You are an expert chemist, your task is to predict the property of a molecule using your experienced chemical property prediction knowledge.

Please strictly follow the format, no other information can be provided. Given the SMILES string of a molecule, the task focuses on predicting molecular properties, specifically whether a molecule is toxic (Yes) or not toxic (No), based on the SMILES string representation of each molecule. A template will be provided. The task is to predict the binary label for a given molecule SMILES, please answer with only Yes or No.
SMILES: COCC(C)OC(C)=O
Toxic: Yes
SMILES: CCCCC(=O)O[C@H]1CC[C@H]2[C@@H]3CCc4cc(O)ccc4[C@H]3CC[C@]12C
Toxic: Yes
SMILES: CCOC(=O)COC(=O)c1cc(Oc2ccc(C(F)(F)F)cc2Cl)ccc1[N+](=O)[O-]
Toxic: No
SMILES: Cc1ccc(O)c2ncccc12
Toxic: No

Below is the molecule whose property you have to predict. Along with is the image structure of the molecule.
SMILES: Cc1c(Cl)cccc1Nc1ncccc1C(=O)O
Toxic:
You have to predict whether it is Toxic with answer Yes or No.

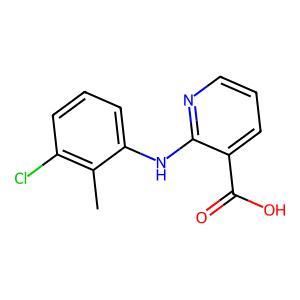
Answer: No